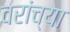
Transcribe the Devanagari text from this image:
वरांच्या